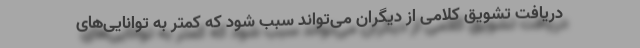
دریافت تشویق کلامی از دیگران می‌تواند سبب شود که کمتر به توانایی‌های